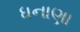
ધનાણા